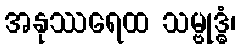
အနုဿရေထ သမ္ဗုဒ္ဓံ၊